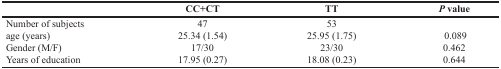
|  | CC+CT | TT | P value |
 | --- | --- | --- | --- |
 | Number of subjects | 47 | 53 |  |
 | age (years) | 25.34 (1.54) | 25.95 (1.75) | 0.089 |
 | Gender (M/F) | 17/30 | 23/30 | 0.462 |
 | Years of education | 17.95 (0.27) | 18.08 (0.23) | 0.644 |